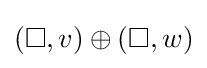
(\square ,v)\oplus (\square ,w)